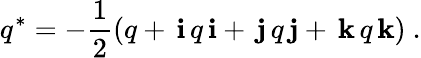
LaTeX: q^{*}=-{\frac{1}{2}}(q+\, \mathbf{i}\, q\, \mathbf{i}+\, \mathbf{j}\, q\, \mathbf{j}+\, \mathbf{k}\, q\, \mathbf{k})~.